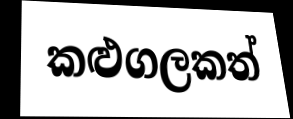
කළුගලකත්